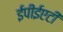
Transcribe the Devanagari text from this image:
ईपीईएटी